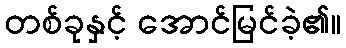
တစ်ခုနှင့် အောင်မြင်ခဲ့၏။